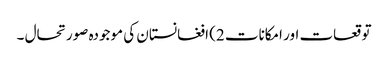
توقعات اور امکانات 2) افغانستان کی موجودہ صورتحال ۔